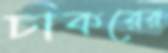
চাকরের